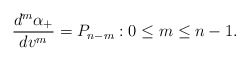
\begin{align*} \frac{d^m\alpha_+}{dv^m}=P_{n-m}:0\leq m\leq n-1.\end{align*}